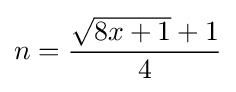
n={\frac {{\sqrt {8x+1}}+1}{4}}